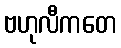
ဗဟုလီကတေ